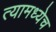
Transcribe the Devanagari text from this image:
त्यामध्येच